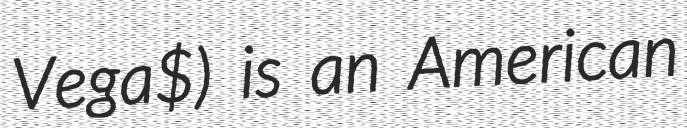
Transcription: Vega$) is an American